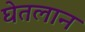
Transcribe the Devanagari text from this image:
घेतलान